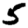
Digit: 5